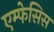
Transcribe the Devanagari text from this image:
एम्फेसिस